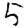
Digit: 5